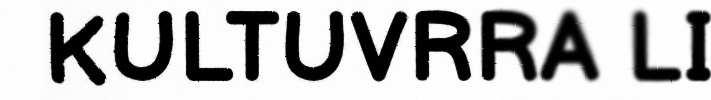
KULTUVRRA LI